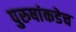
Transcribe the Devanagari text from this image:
पुरुषांकडेच